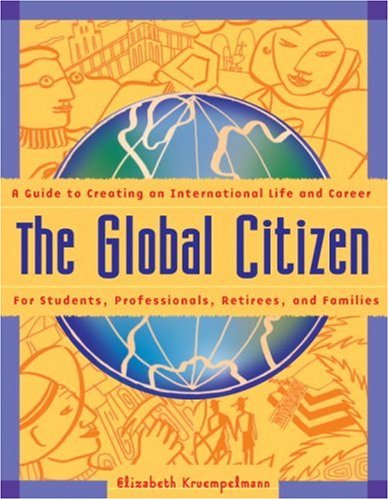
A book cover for The Global Citizen: A Guide to Creating an International Life and Career; Elizabeth Kruempelmann; Travel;